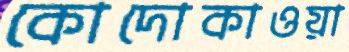
কোদোকাওয়া